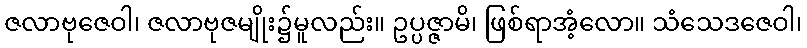
ဇလာဗုဇေဝါ၊ ဇလာဗုဇမျိုး၌မူလည်း။ ဥပ္ပဇ္ဇာမိ၊ ဖြစ်ရာအံ့လော။ သံသေဒဇေဝါ၊